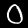
Digit: 0